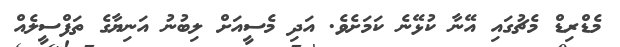
މެޑްރިޑް މެޗުގައި އޭނާ ކުޅޭނެ ކަމަށެވެ. އަދި މެސީއަށް ލިބުނު އަނިޔާގެ ތަފްސީލެއް